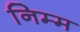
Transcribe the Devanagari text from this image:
निम्‍म